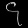
Digit: ၄